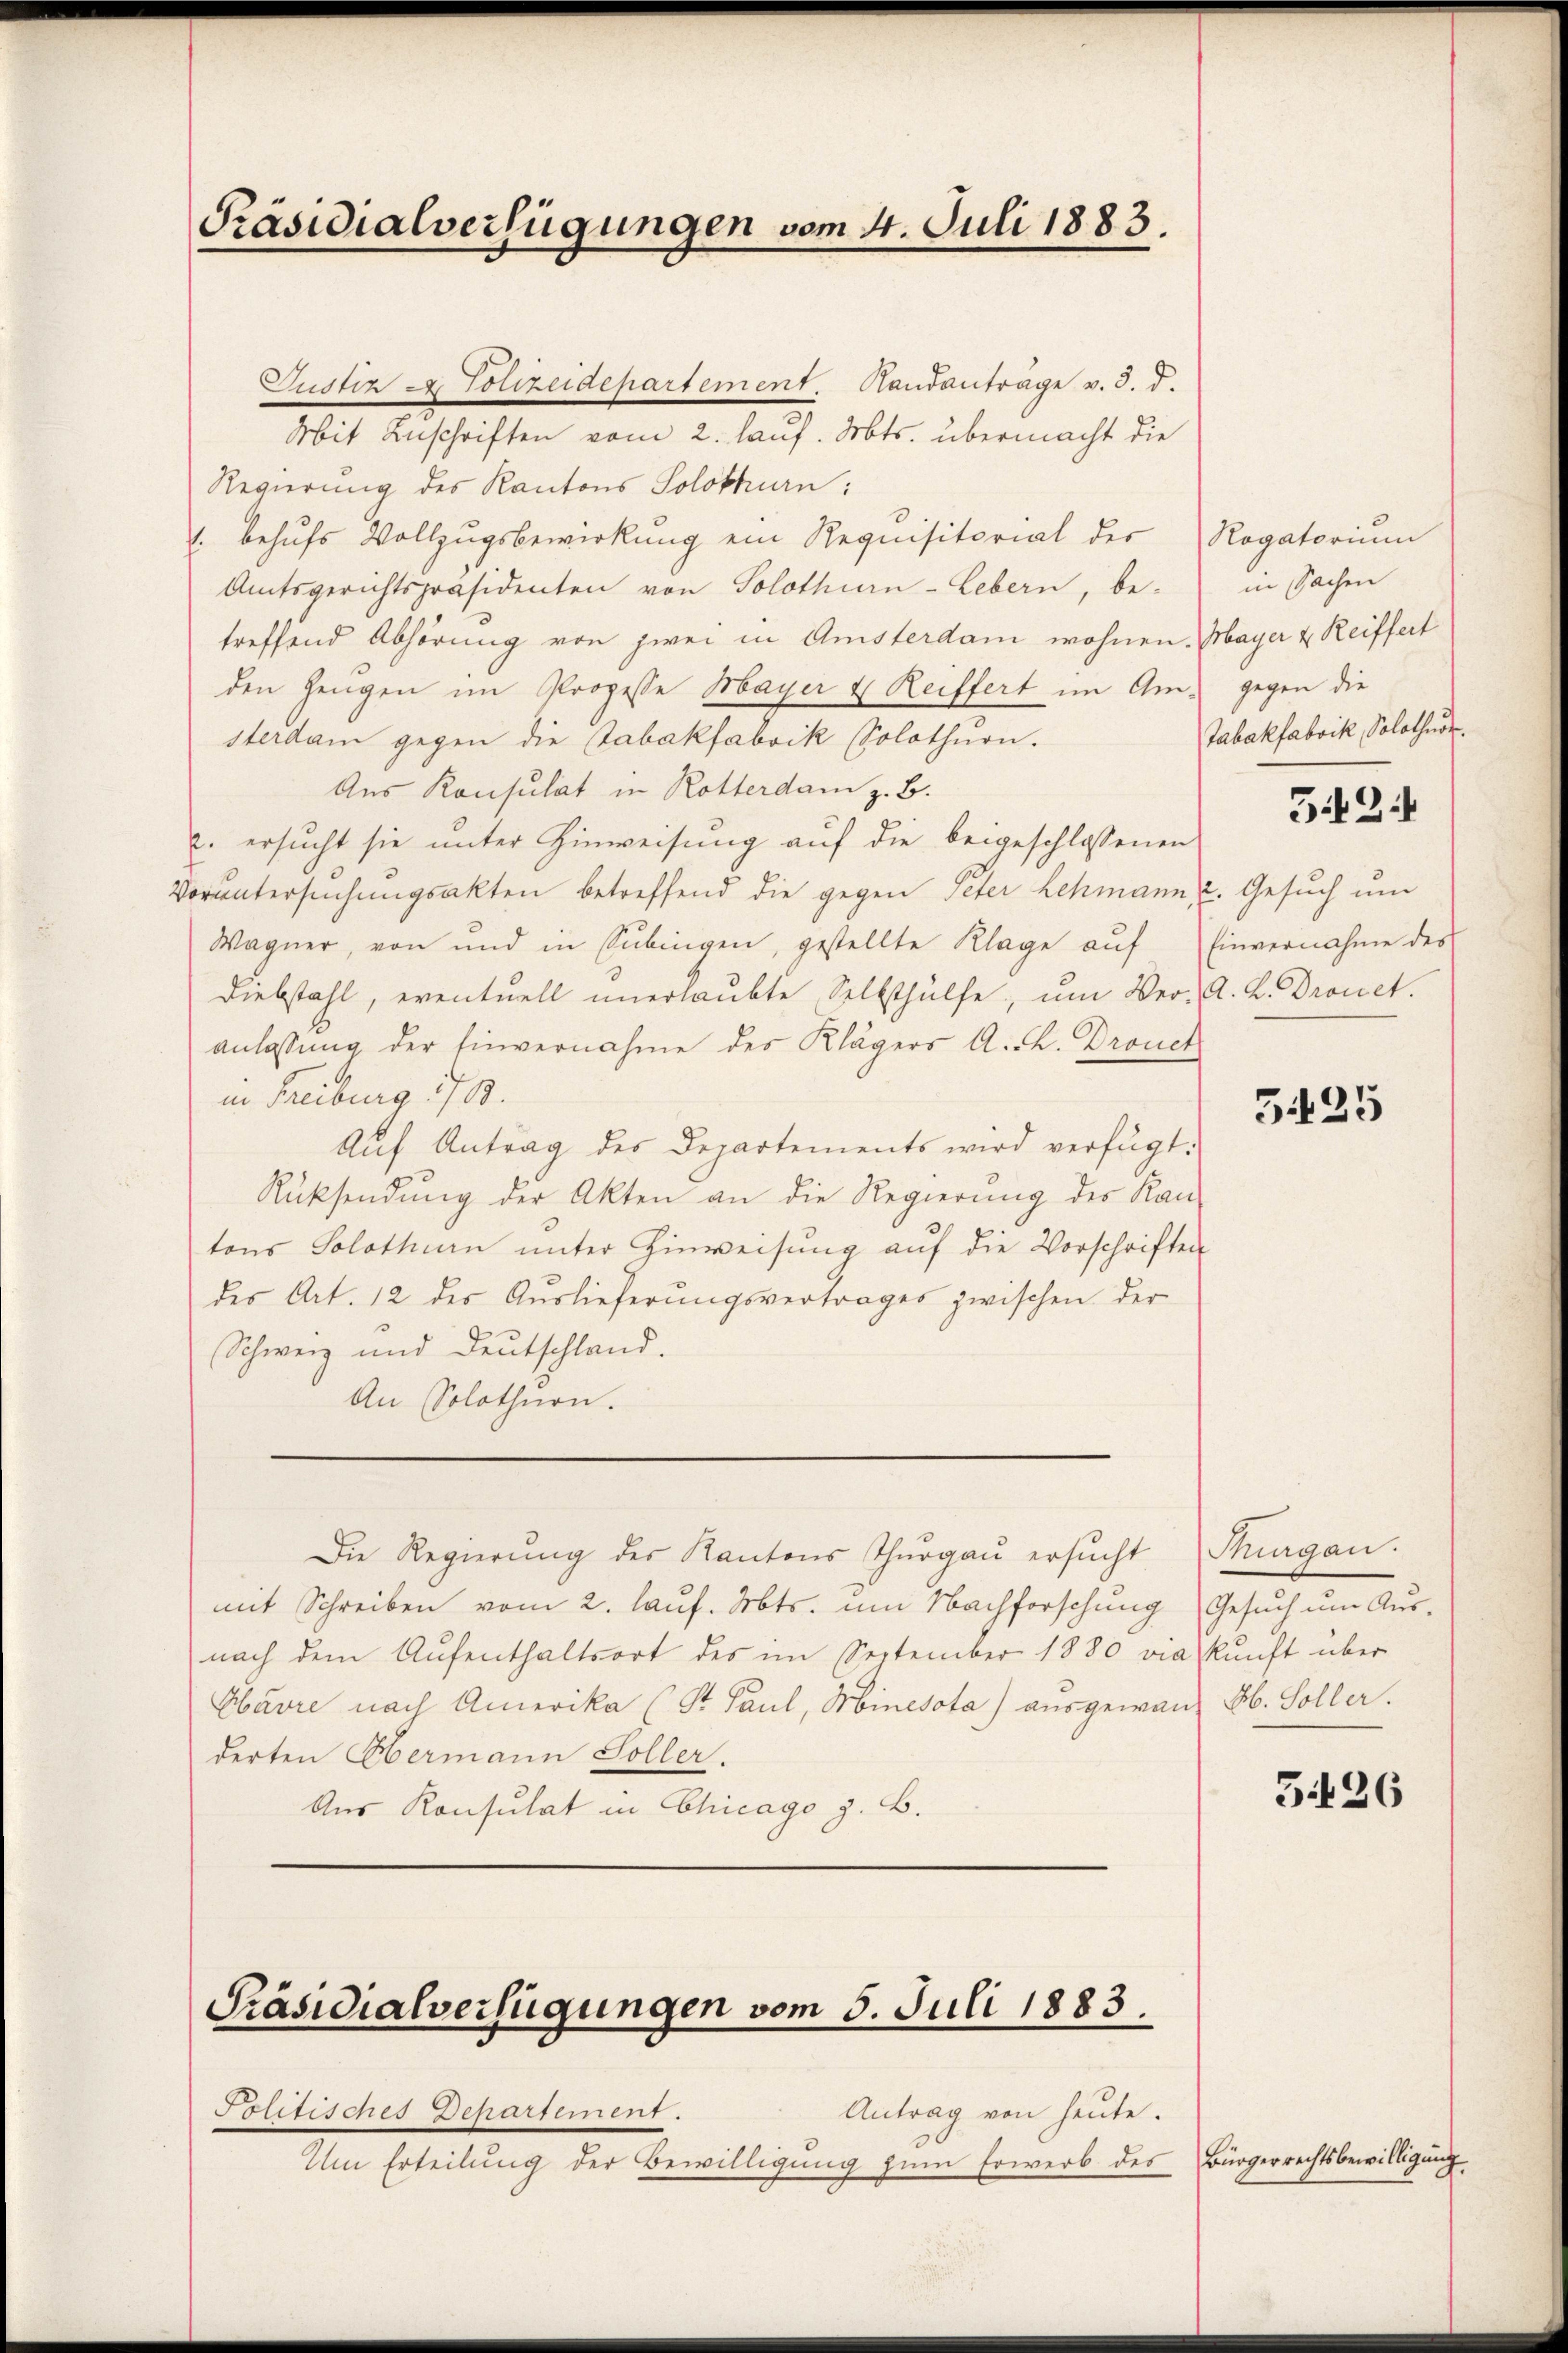
Präsidialverfügungen vom 4. Juli 1883.

Politisches Departement.
Antrag von heute.
Um Erteilung der Bewilligung zum Erwerb des Bürgerrechtsbewilligung

Präsidialverfügungen vom 5. Juli 1883.

Justiz & Polizeidepartement. Sandanträge v. 3. d.
Mit Zuschriften vom 2. lauf. Mts. übermacht die
Regierung des Kantons Solothurn:
1. behufs Vollzugsbewirkung ein Requisitorial der
Amtsgerichtspräsidenten von Solothurn-Lebern, be-
treffend Abhörung von zwei in Amsterdam wohnen.
den Zeugen im Prozesse Mayer & Reiffert im Amsterdam gegen die Tabakfabrik Solothurn.
Aus Konsulat in Rotterdam z. B.
e. ersucht sie unter Hinweisung auf die beigeschlossenen
Voruntersuchungsakten betreffend die gegen Peter Lehmann,
Wagner, von und in Sübingen, gestellte Klage auf
Diebstahl, eventuell unerlaubte Selbsthülfe, um Ver-
anlassung der Einvernahme des Klägers A. R. Dronct
in Freiburg 1783.
Aŭf Antrag des Departements wird verfügt:
Rücksendung der Akten an die Regierung des Kan
tons Solothurn unter Hinweisung auf die Vorschriften
des Art. 12 der Auslieferungsvertrages zwischen der
Schweiz und Deutschland.
An Solothurn.
Die Regierung des Kantons Thurgau ersucht
mit Schreiben vom 2. lauf. Mts. um Nachforschung
nach dem Aufenthaltsort des im September 1880 viaskunft über
Ebavre nach Amerika (St. Paul, Minesota) ausgewann ab. Soller.
derten Obermann Soller.
Aus Konsulat in Chicago z. B.

Rogatorium
in Sachen
Mayer u. Reiffert
gegen die
Tabakfabrik, Solothur.
G 24

2. Gesuch um
Einvernahme des
A. L. Dronet.

5425

Thurgau.
Gesuch um Aus-

5426